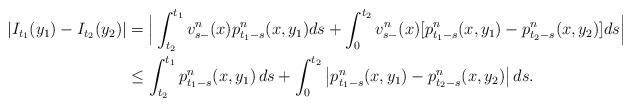
LaTeX: \begin{align*}|I_{t_1}(y_1)-I_{t_2}(y_2)|&=\Big|\int_{t_2}^{t_1}v^n_{s-}(x)p^n_{t_1-s}(x,y_1)ds + \int_0^{t_2} v^n_{s-}(x)[p^n_{t_1-s}(x,y_1)-p^n_{t_2-s}(x,y_2)]ds\Big|\\&\leq \int_{t_2}^{t_1}p^n_{t_1-s}(x,y_1)\,ds + \int_0^{t_2} \big|p^n_{t_1-s}(x,y_1)-p^n_{t_2-s}(x,y_2)\big|\,ds.\end{align*}